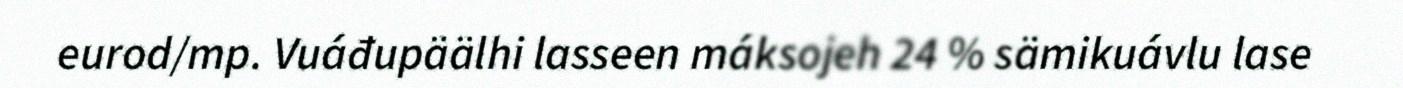
eurod/mp. Vuáđupäälhi lasseen máksojeh 24 % sämikuávlu lase